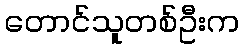
တောင်သူတစ်ဦးက